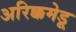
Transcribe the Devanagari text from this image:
अरिक्कमेडू